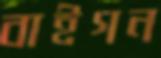
বাইগন